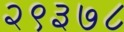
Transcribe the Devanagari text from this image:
२९३७८